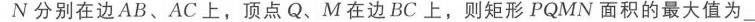
$\therefore|x - 2| = 4\text{，解得 }x=-2\text{ 或 }x = 6$